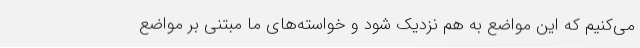
می‌کنیم که این مواضع به هم نزدیک شود و خواسته‌های ما مبتنی بر مواضع